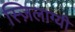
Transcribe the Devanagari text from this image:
स्ज़िलाग्यी